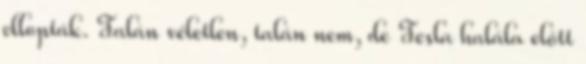
ellopták. Talán véletlen, talán nem, de Tesla halála előtt